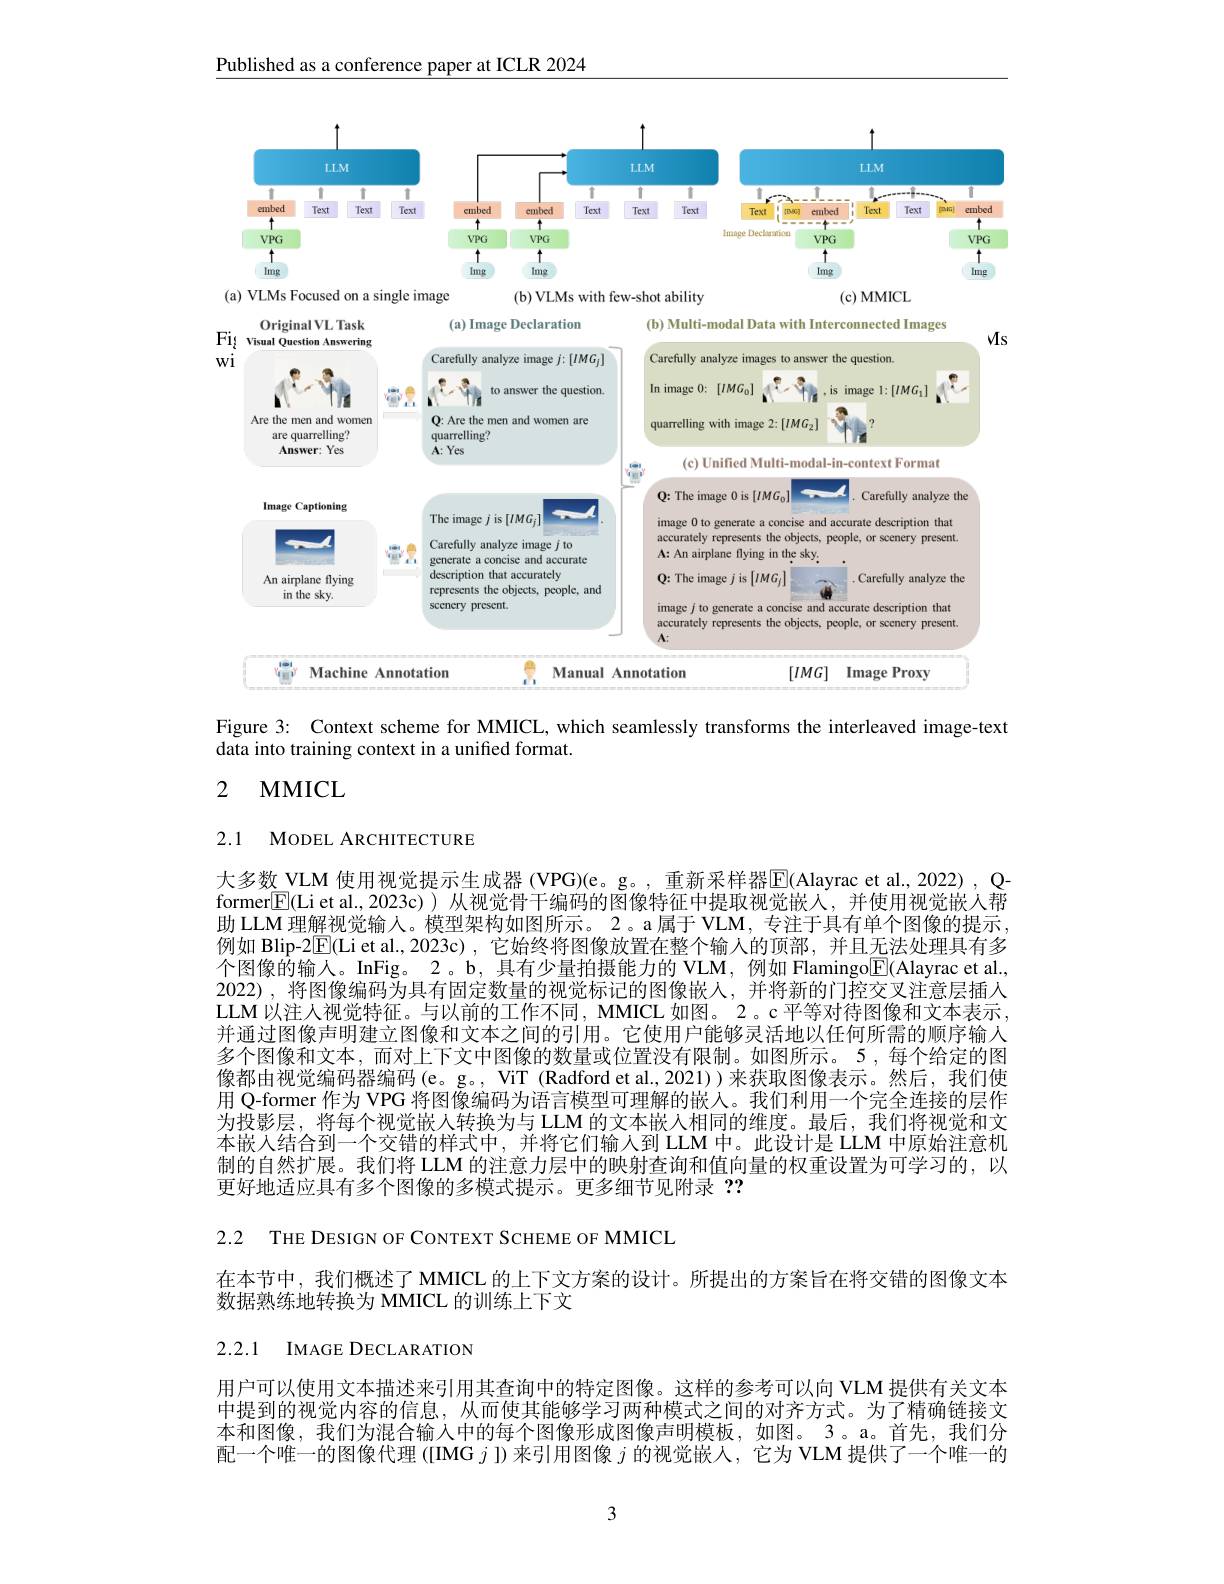
Published as a conference paper at ICLR 2024

<FigureHere>

Figure 3: Context scheme for MMICL, which seamlessly transforms the interleaved image-text

data into training context in a unified format.

# 2 MMICL

2.1 MODEL ARCHITECTURE

大多数 VLM 使用视觉提示生成器 (VPG)(e。g。, 重新采样器$\overline{\mathrm{E}}$(Alayrac et al., 2022) , Qformer$\boxed{\mathbb{F}}($Li et al.,2023c))从视觉骨干编码的图像特征中提取视觉嵌人，并使用视觉嵌入帮助 LLM 理解视觉输人。模型架构如图所示。2。a 属于 VLM, 专注于具有单个图像的提示， 例如 Blip-2$\boxed{\mathrm{F}}($Li et al., 2023c), 它始终将图像放置在整个输人的顶部，并且无法处理具有多个图像的输人。InFig。2。b, 具有少量拍摄能力的 VLM, 例如 Flamingo$\underline{\mathrm{E}}($Alayrac et al. 2022),将图像编码为具有固定数量的视觉标记的图像嵌人，并将新的门控交叉注意层插人LLM 以注人视觉特征。与以前的工作不同，MMICL 如图。2。c 平等对待图像和文本表示， 并通过图像声明建立图像和文本之间的引用。它使用户能够灵活地以任何所需的顺序输人多个图像和文本，而对上下文中图像的数量或位置没有限制。如图所示。5 ,每个给定的图像都由视觉编码器编码(e。g。, ViT (Radford et al.2021))来获取图像表示。然后，我们使用 Q-former 作为 VPG 将图像编码为语言模型可理解的嵌人。我们利用一个完全连接的层作为投影层，将每个视觉嵌人转换为与 LLM 的文本嵌人相同的维度。最后，我们将视觉和文本嵌人结合到一个交错的样式中，并将它们输入到 LLM 中。此设计是 LLM 中原始注意机制的自然扩展。我们将 LLM 的注意力层中的映射查询和值向量的权重设置为可学习的，以更好地适应具有多个图像的多模式提示。更多细节见附录？?

2.2 THE DESIGN OF CONTEXT SCHEME OF MMICL
在本节中，我们概述了 MMICL 的上下文方案的设计。所提出的方案旨在将交错的图像文本
数据熟练地转换为 MMICL 的训练上下文

2.2.1 IMAGE DECLARATION

用户可以使用文本描述来引用其查询中的特定图像。这样的参考可以向 VLM 提供有关文本中提到的视觉内容的信息，从而使其能够学习两种模式之间的对齐方式。为了精确链接文本和图像，我们为混合输入中的每个图像形成图像声明模板，如图。3。a。首先，我们分配一个唯一的图像代理 ([IMG $j$ ])来引用图像$j$的视觉嵌人，它为 VLM 提供了一个唯一的

3